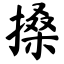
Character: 搡